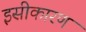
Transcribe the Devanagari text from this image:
इसीकारण